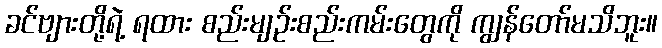
ခင်ဗျားတို့ရဲ့ ရထား စည်းမျဉ်းစည်းကမ်းတွေကို ကျွန်တော်မသိဘူး။